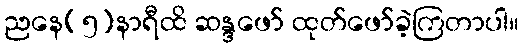
ညနေ(၅)နာရီထိ ဆန္ဒဖော် ထုတ်ဖော်ခဲ့ကြတာပါ။